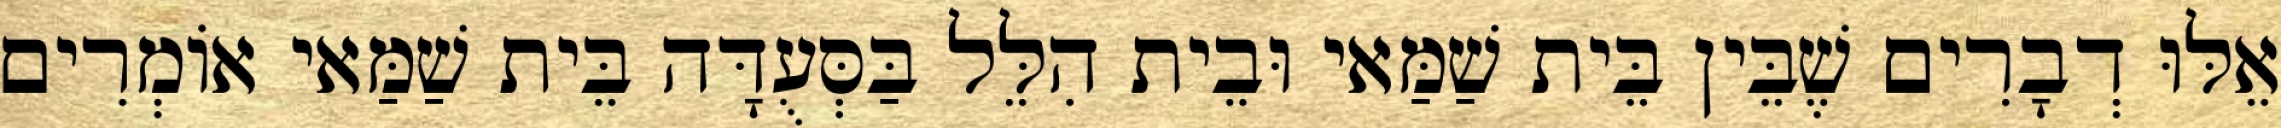
אֵלּוּ דְבָרִים שֶׁבֵּין בֵּית שַׁמַּאי וּבֵית הִלֵּל בַּסְּעֻדָּה בֵּית שַׁמַּאי אוֹמְרִים